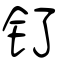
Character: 钌